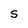
Character: S